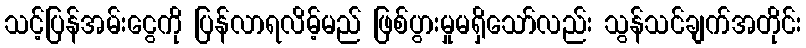
သင့်ပြန်အမ်းငွေကို ပြန်လာရလိမ့်မည် ဖြစ်ပွားမှုမရှိသော်လည်း သွန်သင်ချက်အတိုင်း